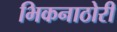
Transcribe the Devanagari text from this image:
भिकनाठोरी